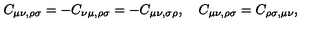
C _ { \mu \nu , \rho \sigma } = - C _ { \nu \mu , \rho \sigma } = - C _ { \mu \nu , \sigma \rho } , \quad C _ { \mu \nu , \rho \sigma } = C _ { \rho \sigma , \mu \nu } ,